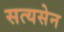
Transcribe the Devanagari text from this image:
सत्यसेन